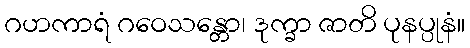
ဂဟကာရံ ဂဝေသန္တော၊ ဒုက္ခာ ဇာတိ ပုနပ္ပုနံ။